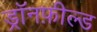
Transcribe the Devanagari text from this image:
ड्रॉनफ़ील्ड